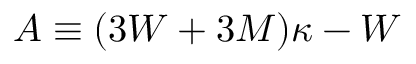
{ \cal A } \equiv ( 3 { \cal W } + 3 { \cal M } ) \kappa - { \cal W }